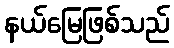
နယ်မြေဖြစ်သည်